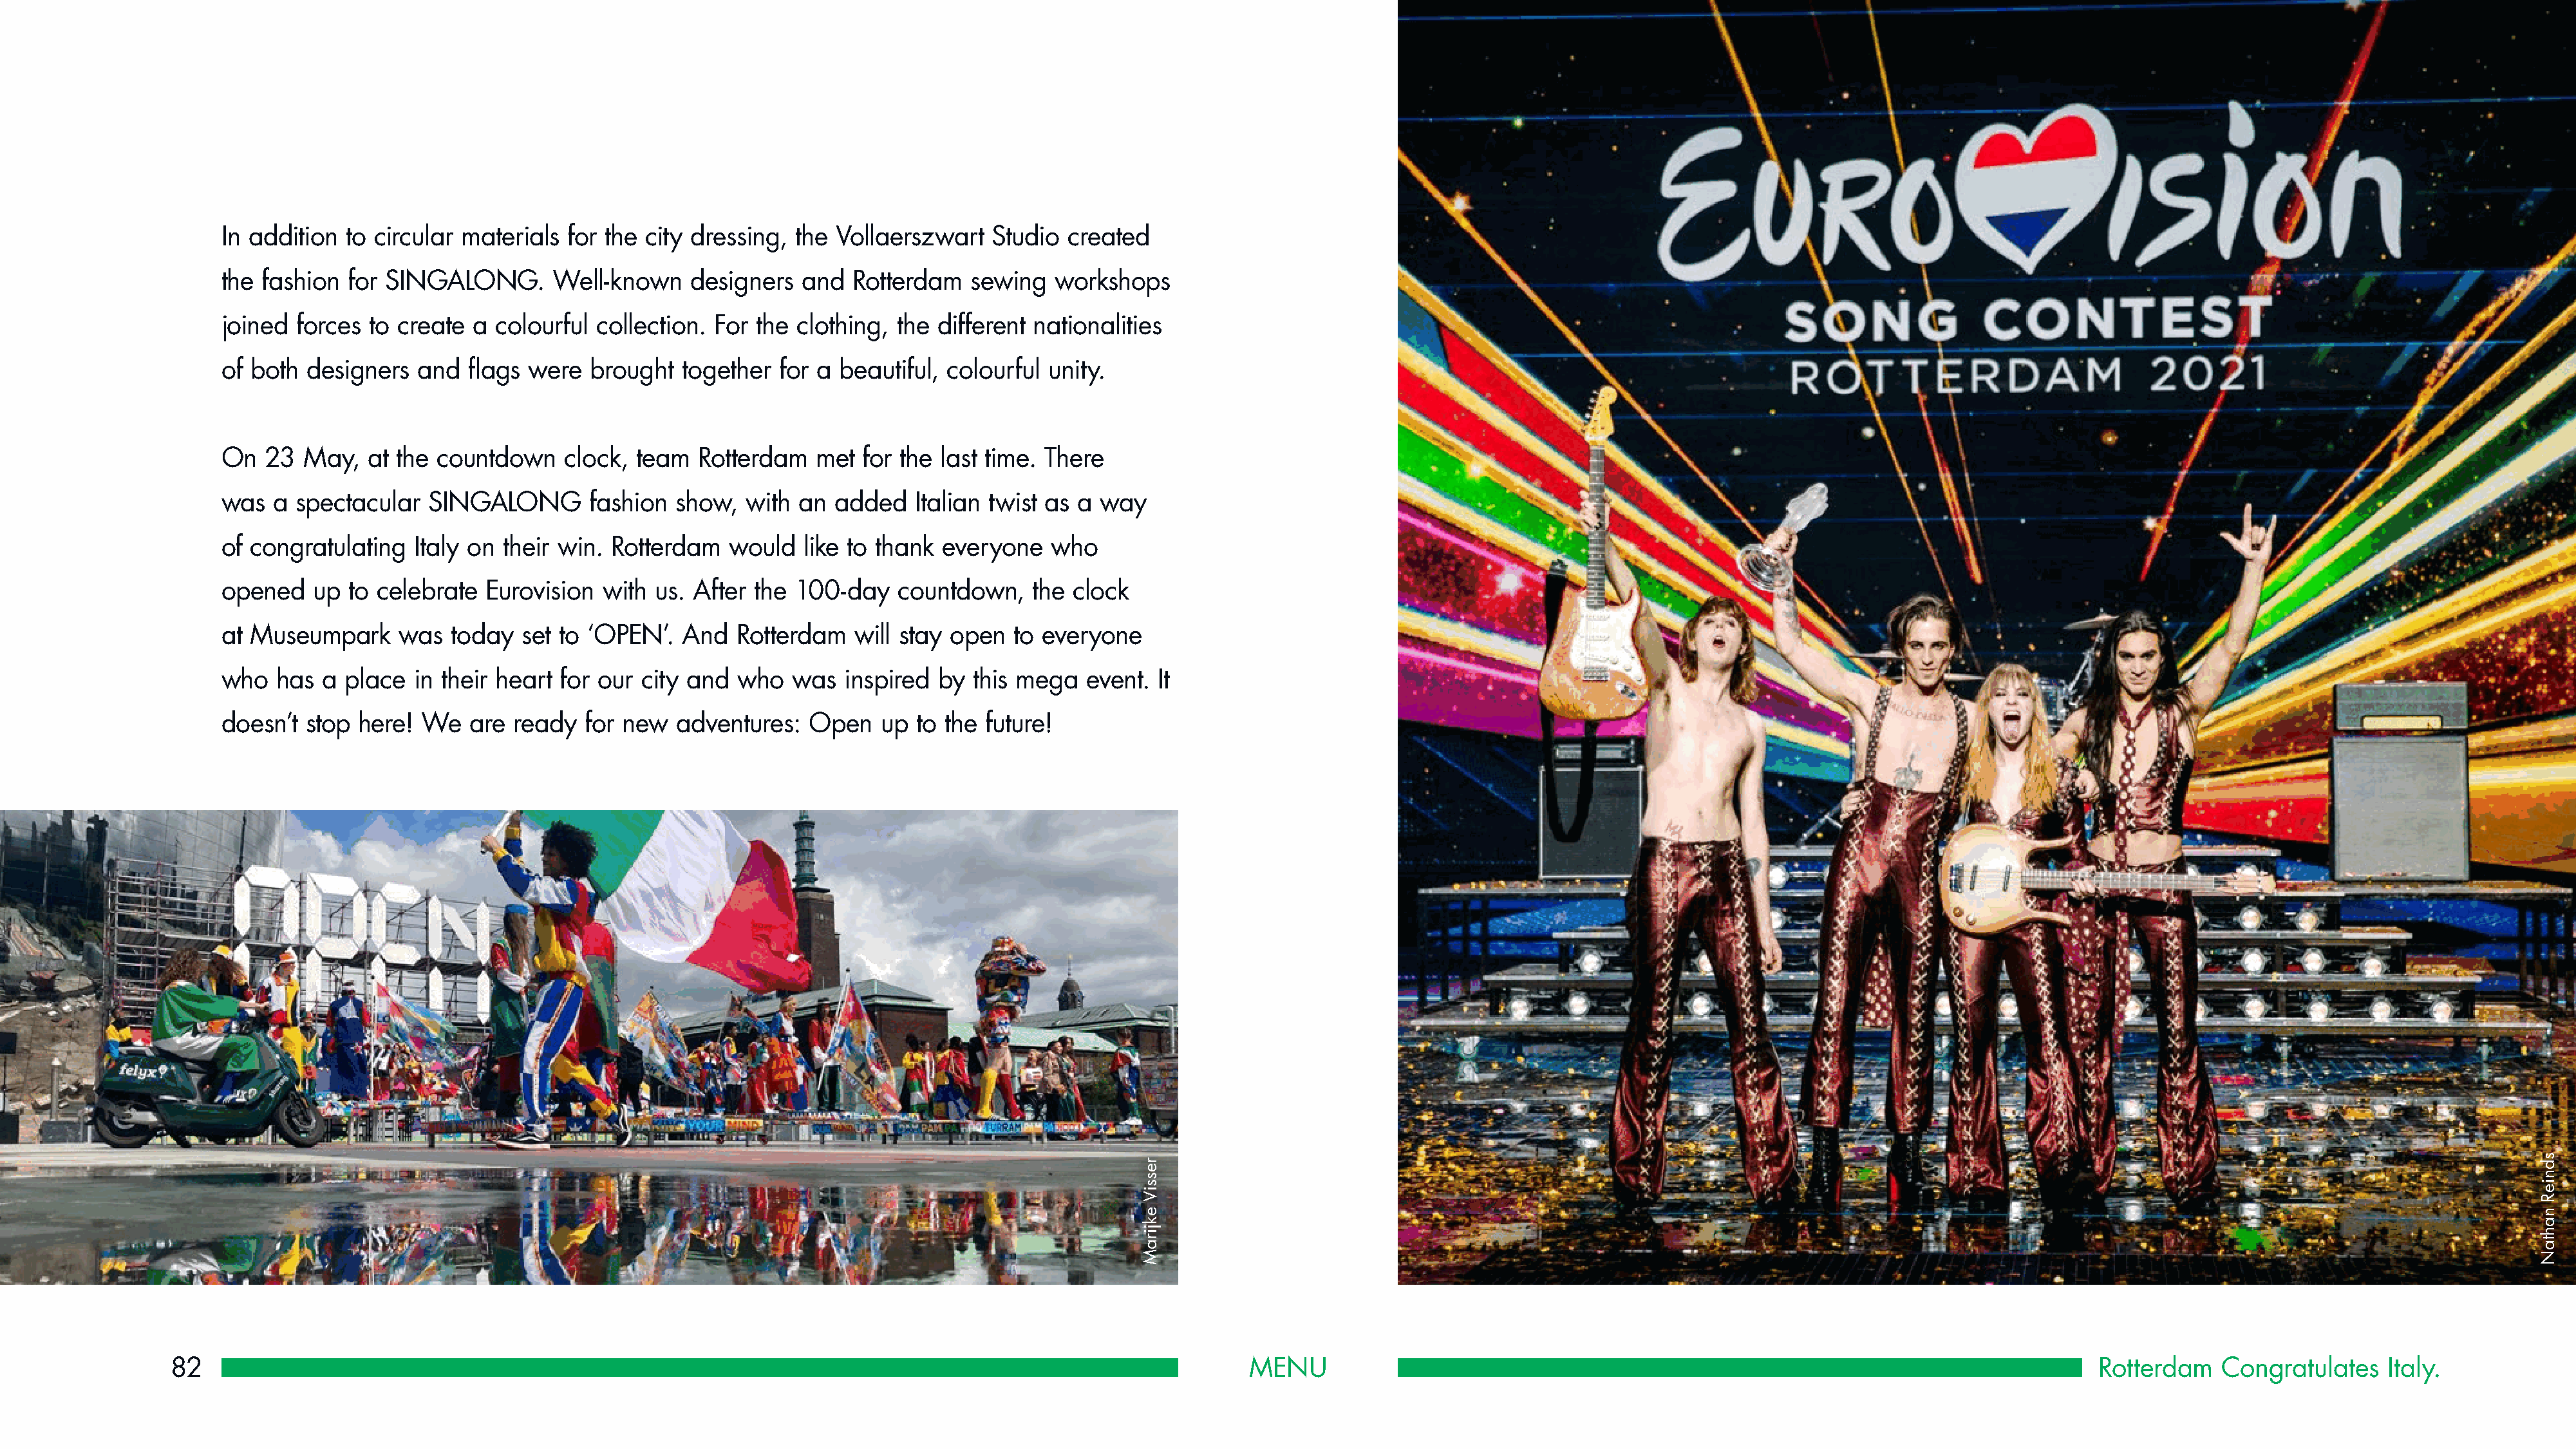
In addition  to circular materials for the city dressing,  the Vollaerszwart   Studio  created
 the fashion  for SINGALONG.       Well-known    designers  and   Rotterdam   sewing  workshops
 joined  forces to create  a colourful collection. For  the clothing, the different nationalities
 of both  designers  and  flags were   brought  together  for a beautiful, colourful  unity.
 On  23  May,   at the countdown    clock, team   Rotterdam   met  for the last time. There
 was  a spectacular   SINGALONG        fashion show,   with an  added   Italian twist as a way
 of congratulating   Italy on their win. Rotterdam   would   like to thank everyone   who
 opened   up  to celebrate  Eurovision  with us. After  the 100-day   countdown,    the clock
 at Museumpark     was  today   set to ‘OPEN’.  And   Rotterdam   will stay open  to everyone
 who  has  a  place  in their heart for our city and  who  was   inspired by  this mega   event. It
 doesn’t stop  here! We   are  ready  for new   adventures:  Open    up to the future!
 82                                                                                                            MENU                                                                                    Rotterdam   Congratulates     Italy.
 ressiV
 ekjiraM
 sdnieR
 nahtaN